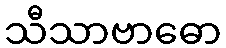
သီသာဗာဓော